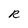
Character: R